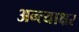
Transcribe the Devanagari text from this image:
अन्त्याक्षर